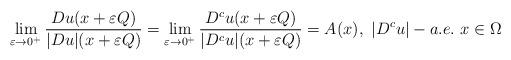
LaTeX: \begin{align*}\lim_{\varepsilon \to 0^+}\frac{Du(x+\varepsilon Q)}{|Du|(x+\varepsilon Q)}=\lim_{\varepsilon \to 0^+}\frac{D^cu(x+\varepsilon Q)}{|D^cu|(x+\varepsilon Q)}=A(x),\ |D^c u|-a.e.\ x\in\Omega\end{align*}